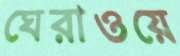
ঘেরাওয়ে